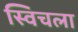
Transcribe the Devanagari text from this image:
स्विचला